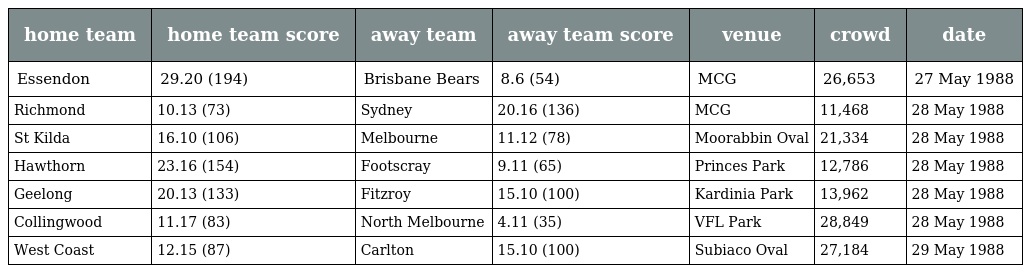
| home team | home team score | away team | away team score | venue | crowd | date |
 | --- | --- | --- | --- | --- | --- | --- |
 | Essendon | 29.20 (194) | Brisbane Bears | 8.6 (54) | MCG | 26,653 | 27 May 1988 |
 | Richmond | 10.13 (73) | Sydney | 20.16 (136) | MCG | 11,468 | 28 May 1988 |
 | St Kilda | 16.10 (106) | Melbourne | 11.12 (78) | Moorabbin Oval | 21,334 | 28 May 1988 |
 | Hawthorn | 23.16 (154) | Footscray | 9.11 (65) | Princes Park | 12,786 | 28 May 1988 |
 | Geelong | 20.13 (133) | Fitzroy | 15.10 (100) | Kardinia Park | 13,962 | 28 May 1988 |
 | Collingwood | 11.17 (83) | North Melbourne | 4.11 (35) | VFL Park | 28,849 | 28 May 1988 |
 | West Coast | 12.15 (87) | Carlton | 15.10 (100) | Subiaco Oval | 27,184 | 29 May 1988 |